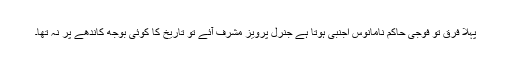
پہلا فرق تو فوجی حاکم نامانوس اجنبی ہوتا ہے جنرل پرویز مشرف آئے تو تاریخ کا کوئی بوجھ کاندھے پر نہ تھا۔